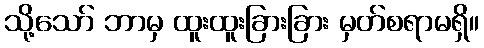
သို့သော် ဘာမှ ထူးထူးခြားခြား မှတ်စရာမရှိ။